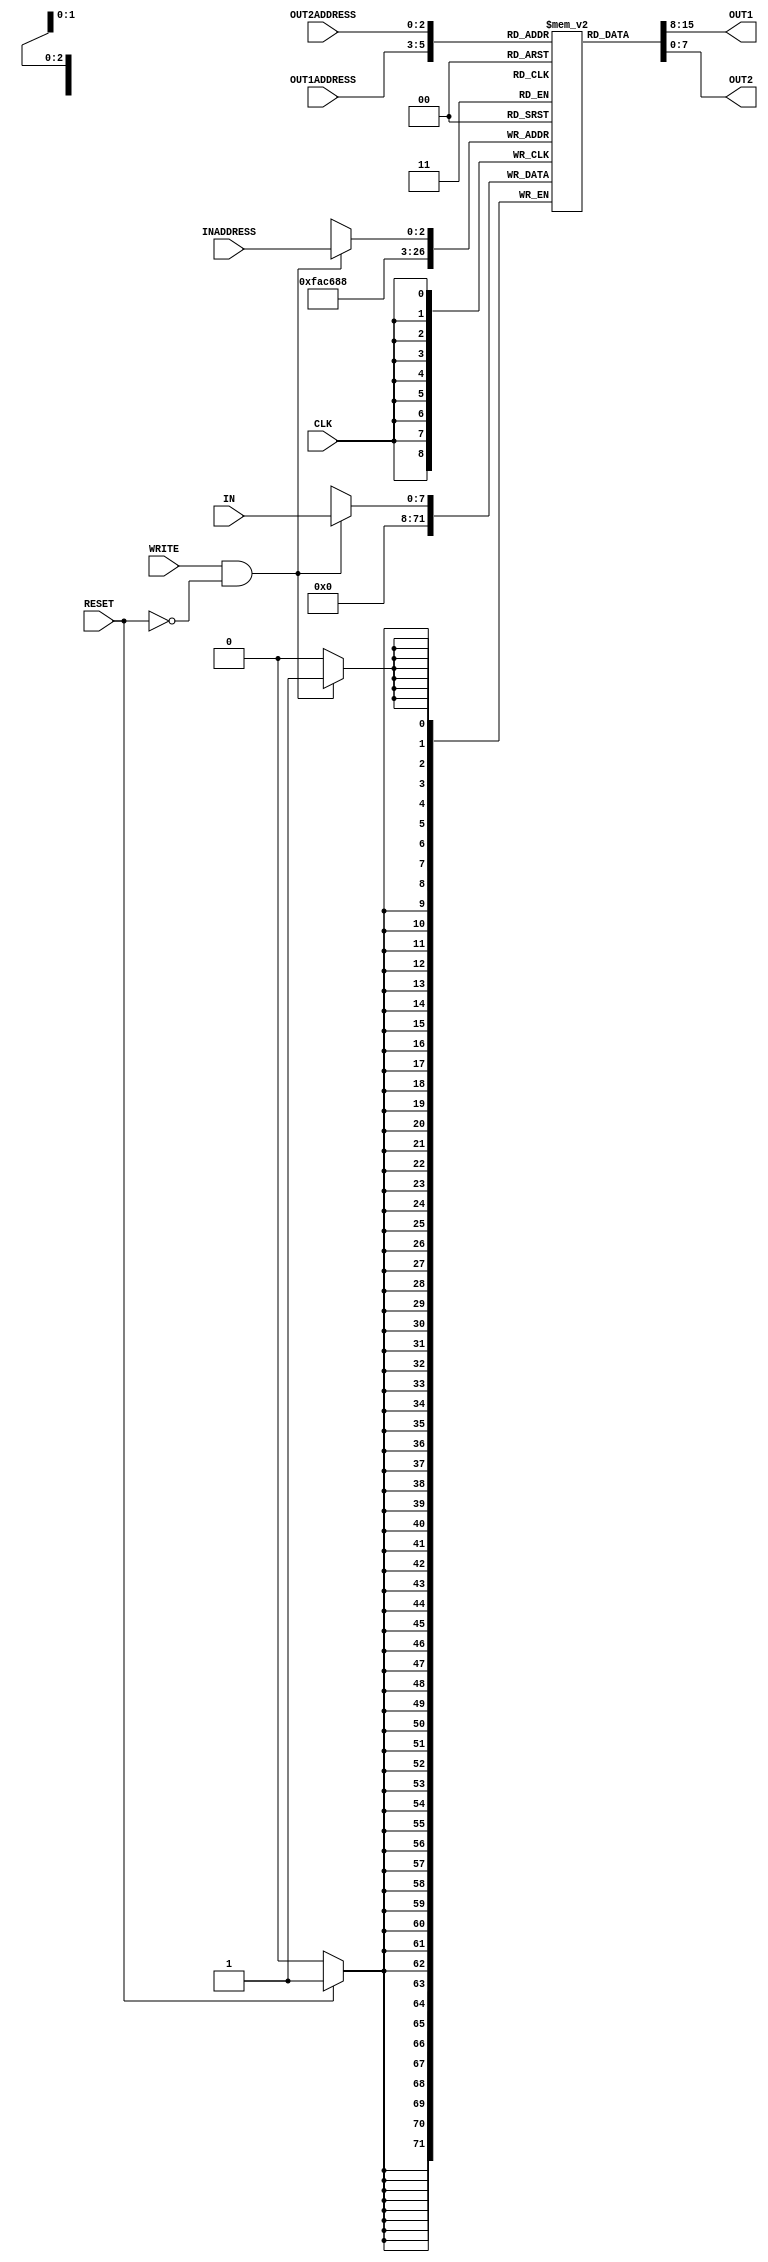
//register file
module reg_file(IN,OUT1,OUT2,INADDRESS,OUT1ADDRESS,OUT2ADDRESS, WRITE, CLK, RESET);
   input [7:0] IN;             // 8 bit input to register
   output [7:0] OUT1,OUT2;     // 8 bit output from register
   input [2:0] INADDRESS,OUT1ADDRESS,OUT2ADDRESS;  // 3 bit in and out INADDRESS
   input WRITE,CLK,RESET;      // 1 bit for clk,write and reset
   reg [7:0]regfile[7:0];      // 8 vector of 8 bit register
   integer i;                  // for loop

   always @ (posedge CLK) begin       // change when the clk is positive
      if (RESET)                      // check if rest is 1
         begin
            #1 for(i=0;i<8;i=i+1) begin  //loop  for change the register values as 0
               regfile[i]=0;             // change register values
            end
         end
      end

   always @ (posedge CLK) begin          // write to register syncrnously
         if (WRITE & ~RESET) begin                // when write is enable
            #1 regfile[INADDRESS]= IN;    // chance the ceratin value of the register
         end
      end


   initial
   begin
      #5;
      $display("\n\t\t\t==================================================");
      $display("\t\t\t Change of Register Content Starting from Time #5");
      $display("\t\t\t==================================================\n");
      $display("\t\ttime\treg0\treg1\treg2\treg3\treg4\treg5\treg6\treg7");
      $display("\t\t---------------------------------------------------------------------");
      $monitor($time,"\t%d\t%d\t%d\t%d\t%d\t%d\t%d\t%d",regfile[0],regfile[1],regfile[2],regfile[3],regfile[4],regfile[5],regfile[6],regfile[7]);
   end

   assign #2 OUT1=regfile[OUT1ADDRESS];			//asyncrnously reading from output1
	assign #2 OUT2= regfile[OUT2ADDRESS];        //asyncrnously reading from output2
endmodule